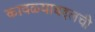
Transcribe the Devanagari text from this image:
कावळ्याबद्दलची